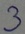
Text: 3